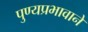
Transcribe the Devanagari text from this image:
पुण्यप्रभावाने